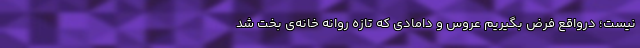
نیست؛ درواقع فرض بگیریم عروس و دامادی که تازه روانه خانه‌ی بخت شد